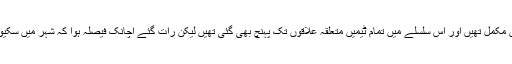
انہوں نے کہا کہ پولیو مہم کےلیے تمام تر تیاریاں مکمل تھیں اور اس سلسلے میں تمام ٹیمیں متعلقہ علاقوں تک پہنچ بھی گئی تھیں لیکن رات گئے اچانک فیصلہ ہوا کہ شہر میں سکیورٹی ناکافی ہے اس لیے مہم کو ملتوی کردیا گیا ۔